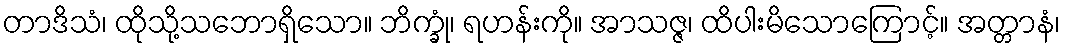
တာဒိသံ၊ ထိုသို့သဘောရှိသော။ ဘိက္ခုံ၊ ရဟန်းကို။ အာသဇ္ဇ၊ ထိပါးမိသောကြောင့်။ အတ္တာနံ၊